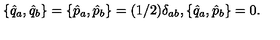
\{ \hat { q } _ { a } , \hat { q } _ { b } \} = \{ \hat { p } _ { a } , \hat { p } _ { b } \} = ( 1 / 2 ) \delta _ { a b } , \{ \hat { q } _ { a } , \hat { p } _ { b } \} = 0 .